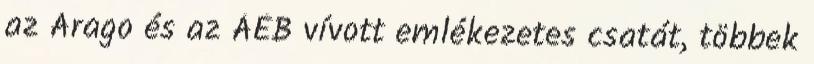
az Arago és az ÁÉB vívott emlékezetes csatát, többek